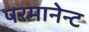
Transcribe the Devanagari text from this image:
परमानेन्ट